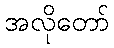
အလိုတော်